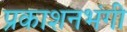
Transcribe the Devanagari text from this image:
प्रकाशनभंगी